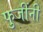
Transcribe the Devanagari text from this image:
फुजींनी